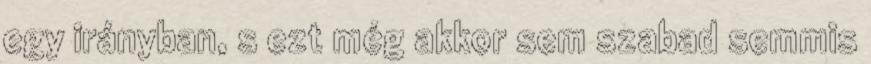
egy irányban, s ezt még akkor sem szabad semmis